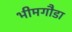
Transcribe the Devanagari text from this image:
भीमगौडा